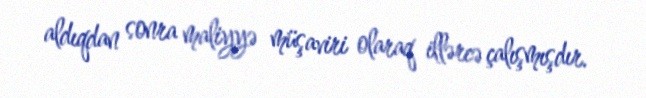
aldıqdan sonra maliyyə müşaviri olaraq illərcə çalışmışdır.